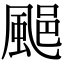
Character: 𩗥